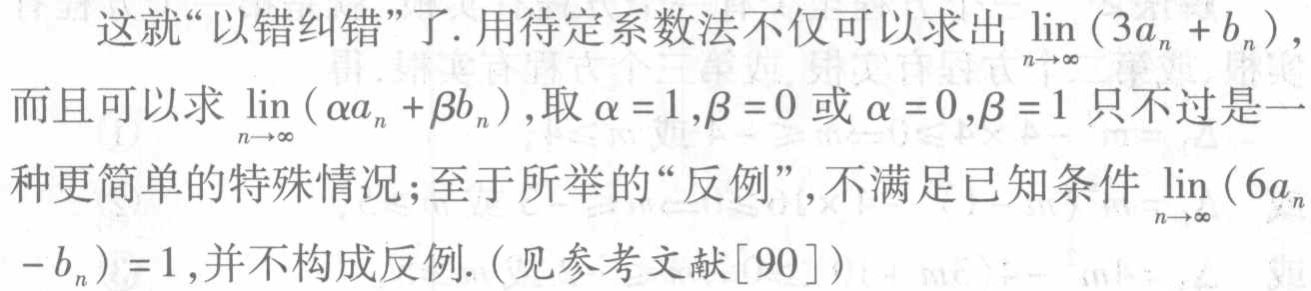
这就“以错纠错”了. 用待定系数法不仅可以求出$\lim_{n \to \infty}(3a_{n}+b_{n})$，而且可以求$\lim_{n \to \infty}(\alpha a_{n}+\beta b_{n})$，取$\alpha = 1,\beta = 0$或$\alpha = 0,\beta = 1$只不过是一种更简单的特殊情况；至于所举的“反例”，不满足已知条件$\lim_{n \to \infty}(6a_{n}-b_{n}) = 1$，并不构成反例.（见参考文献[90]）